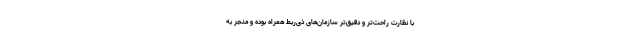
با نظارت راحت‌تر و دقیق‌تر سازمان‌های ذی‌ربط همراه بوده و منجر به